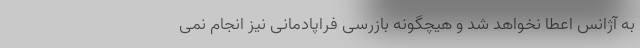
به آژانس اعطا نخواهد شد و هیچگونه بازرسی فراپادمانی نیز انجام نمی